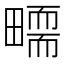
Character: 𤳜